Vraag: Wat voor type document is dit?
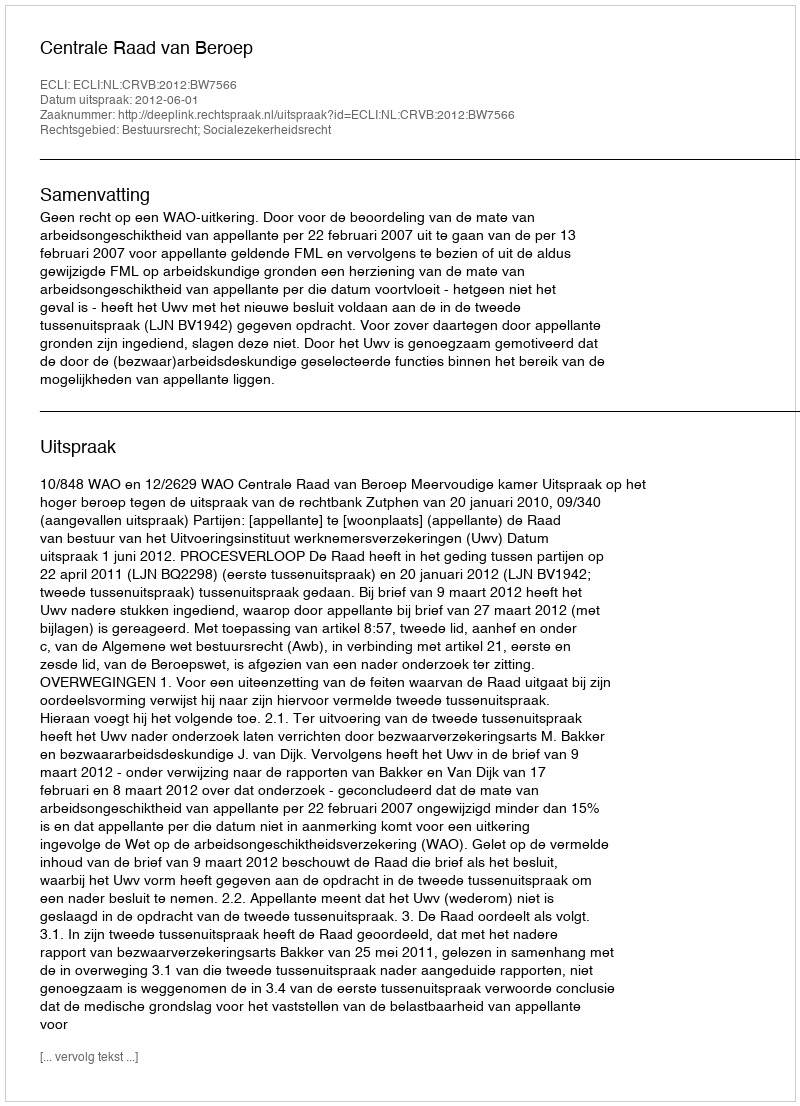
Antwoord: Uitspraak